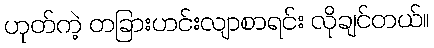
ဟုတ်ကဲ့ တခြားဟင်းလျာစာရင်း လိုချင်တယ်။